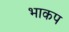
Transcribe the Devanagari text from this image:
भाकप